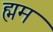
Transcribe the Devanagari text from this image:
ह्मम